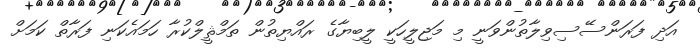
އަދި ފަރަންސޭސިވިލާތުންވަނީ މި މަޖިލީހަކީ ލީބިޔާގެ ރައްޔިތުން ތަމްޘީލްކުރާ ހަމައެކަނި ފަރާތް ކަމަށް